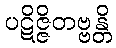
ပဋိဇ္ဇိတဗ္ဗန္တိ